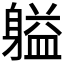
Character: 𬧬